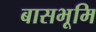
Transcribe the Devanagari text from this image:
बासभूमि